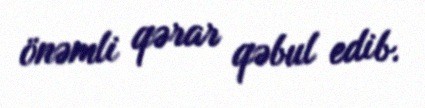
önəmli qərar qəbul edib.